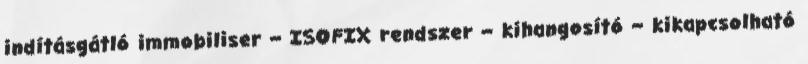
indításgátló immobiliser – ISOFIX rendszer – kihangosító – kikapcsolható